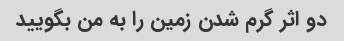
دو اثر گرم شدن زمین را به من بگویید